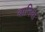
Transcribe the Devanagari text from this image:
बानिया